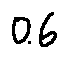
0 . 6